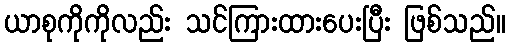
ယာစုကိုကိုလည်း သင်ကြားထားပေးပြီး ဖြစ်သည်။